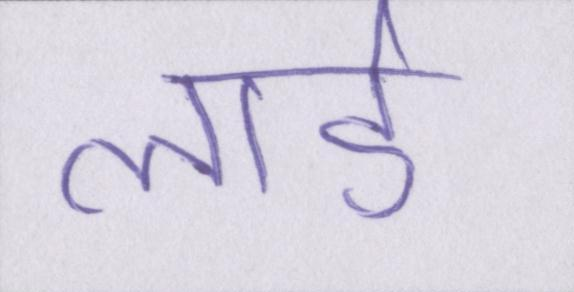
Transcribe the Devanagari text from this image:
लार्ड